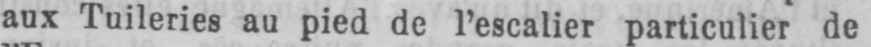
aux Tuileries au pied de l’escalier particulier de